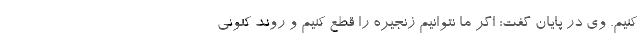
کنیم. وی در پایان گفت: اگر ما نتوانیم زنجیره را قطع کنیم و روند کنونی